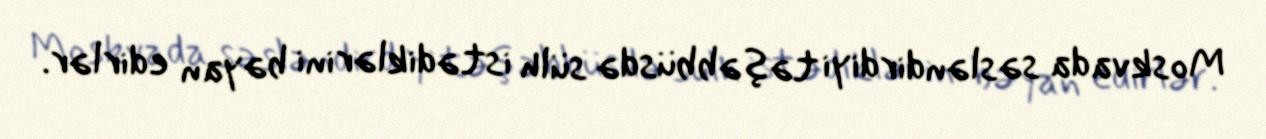
Moskvada səsləndirdiyi təşəbbüsdə sülh istədiklərini bəyan edirlər.